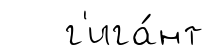
г'ига́нт